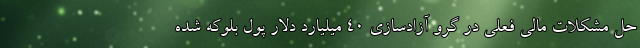
حل مشکلات مالی فعلی در گرو آزاد‌سازی 40 میلیارد دلار پول بلوکه شده